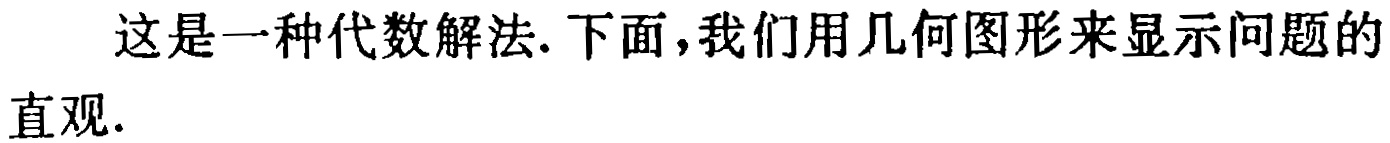
这是一种代数解法.下面，我们用几何图形来显示问题的直观.